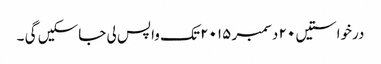
درخواستیں ٢٠ دسمبر ٢٠١٥ تک واپس لی جاسکیں گی ۔